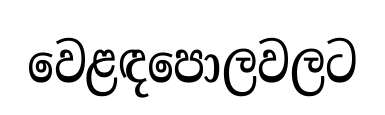
වෙළඳපොලවලට